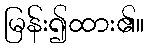
မြန်း၍ထား၏။